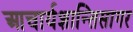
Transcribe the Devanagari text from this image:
आचार्यशान्तिसागर